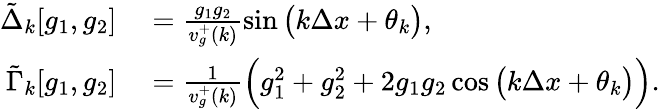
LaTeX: \begin{array}{rl}{\tilde{\Delta}_{k}[g_{1},g_{2}]}&{{}=\frac{g_{1}g_{2}}{v_{g}^{+}(k)}\sin{\big(k\Delta x+\theta_{k}\big)},}\\ {\tilde{\Gamma}_{k}[g_{1},g_{2}]}&{{}=\frac{1}{v_{g}^{+}(k)}\Big(g_{1}^{2}+g_{2}^{2}+2g_{1}g_{2}\cos{\big(k\Delta x+\theta_{k}\big)}\Big).}\end{array}